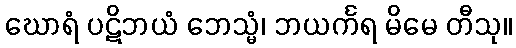
ဃောရံ ပဋိဘယံ ဘေသ္မံ၊ ဘယင်္ကရ မိမေ တီသု။